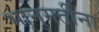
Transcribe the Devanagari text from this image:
भानुमतींना